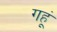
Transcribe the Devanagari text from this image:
गहूं